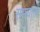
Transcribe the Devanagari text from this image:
समघातों